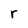
Character: r